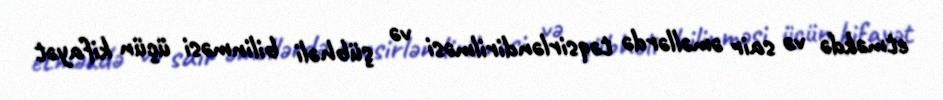
etməkdə və sair əməllərdə təqsirləndirilməsi və şübhəli bilinməsi üçün kifayət